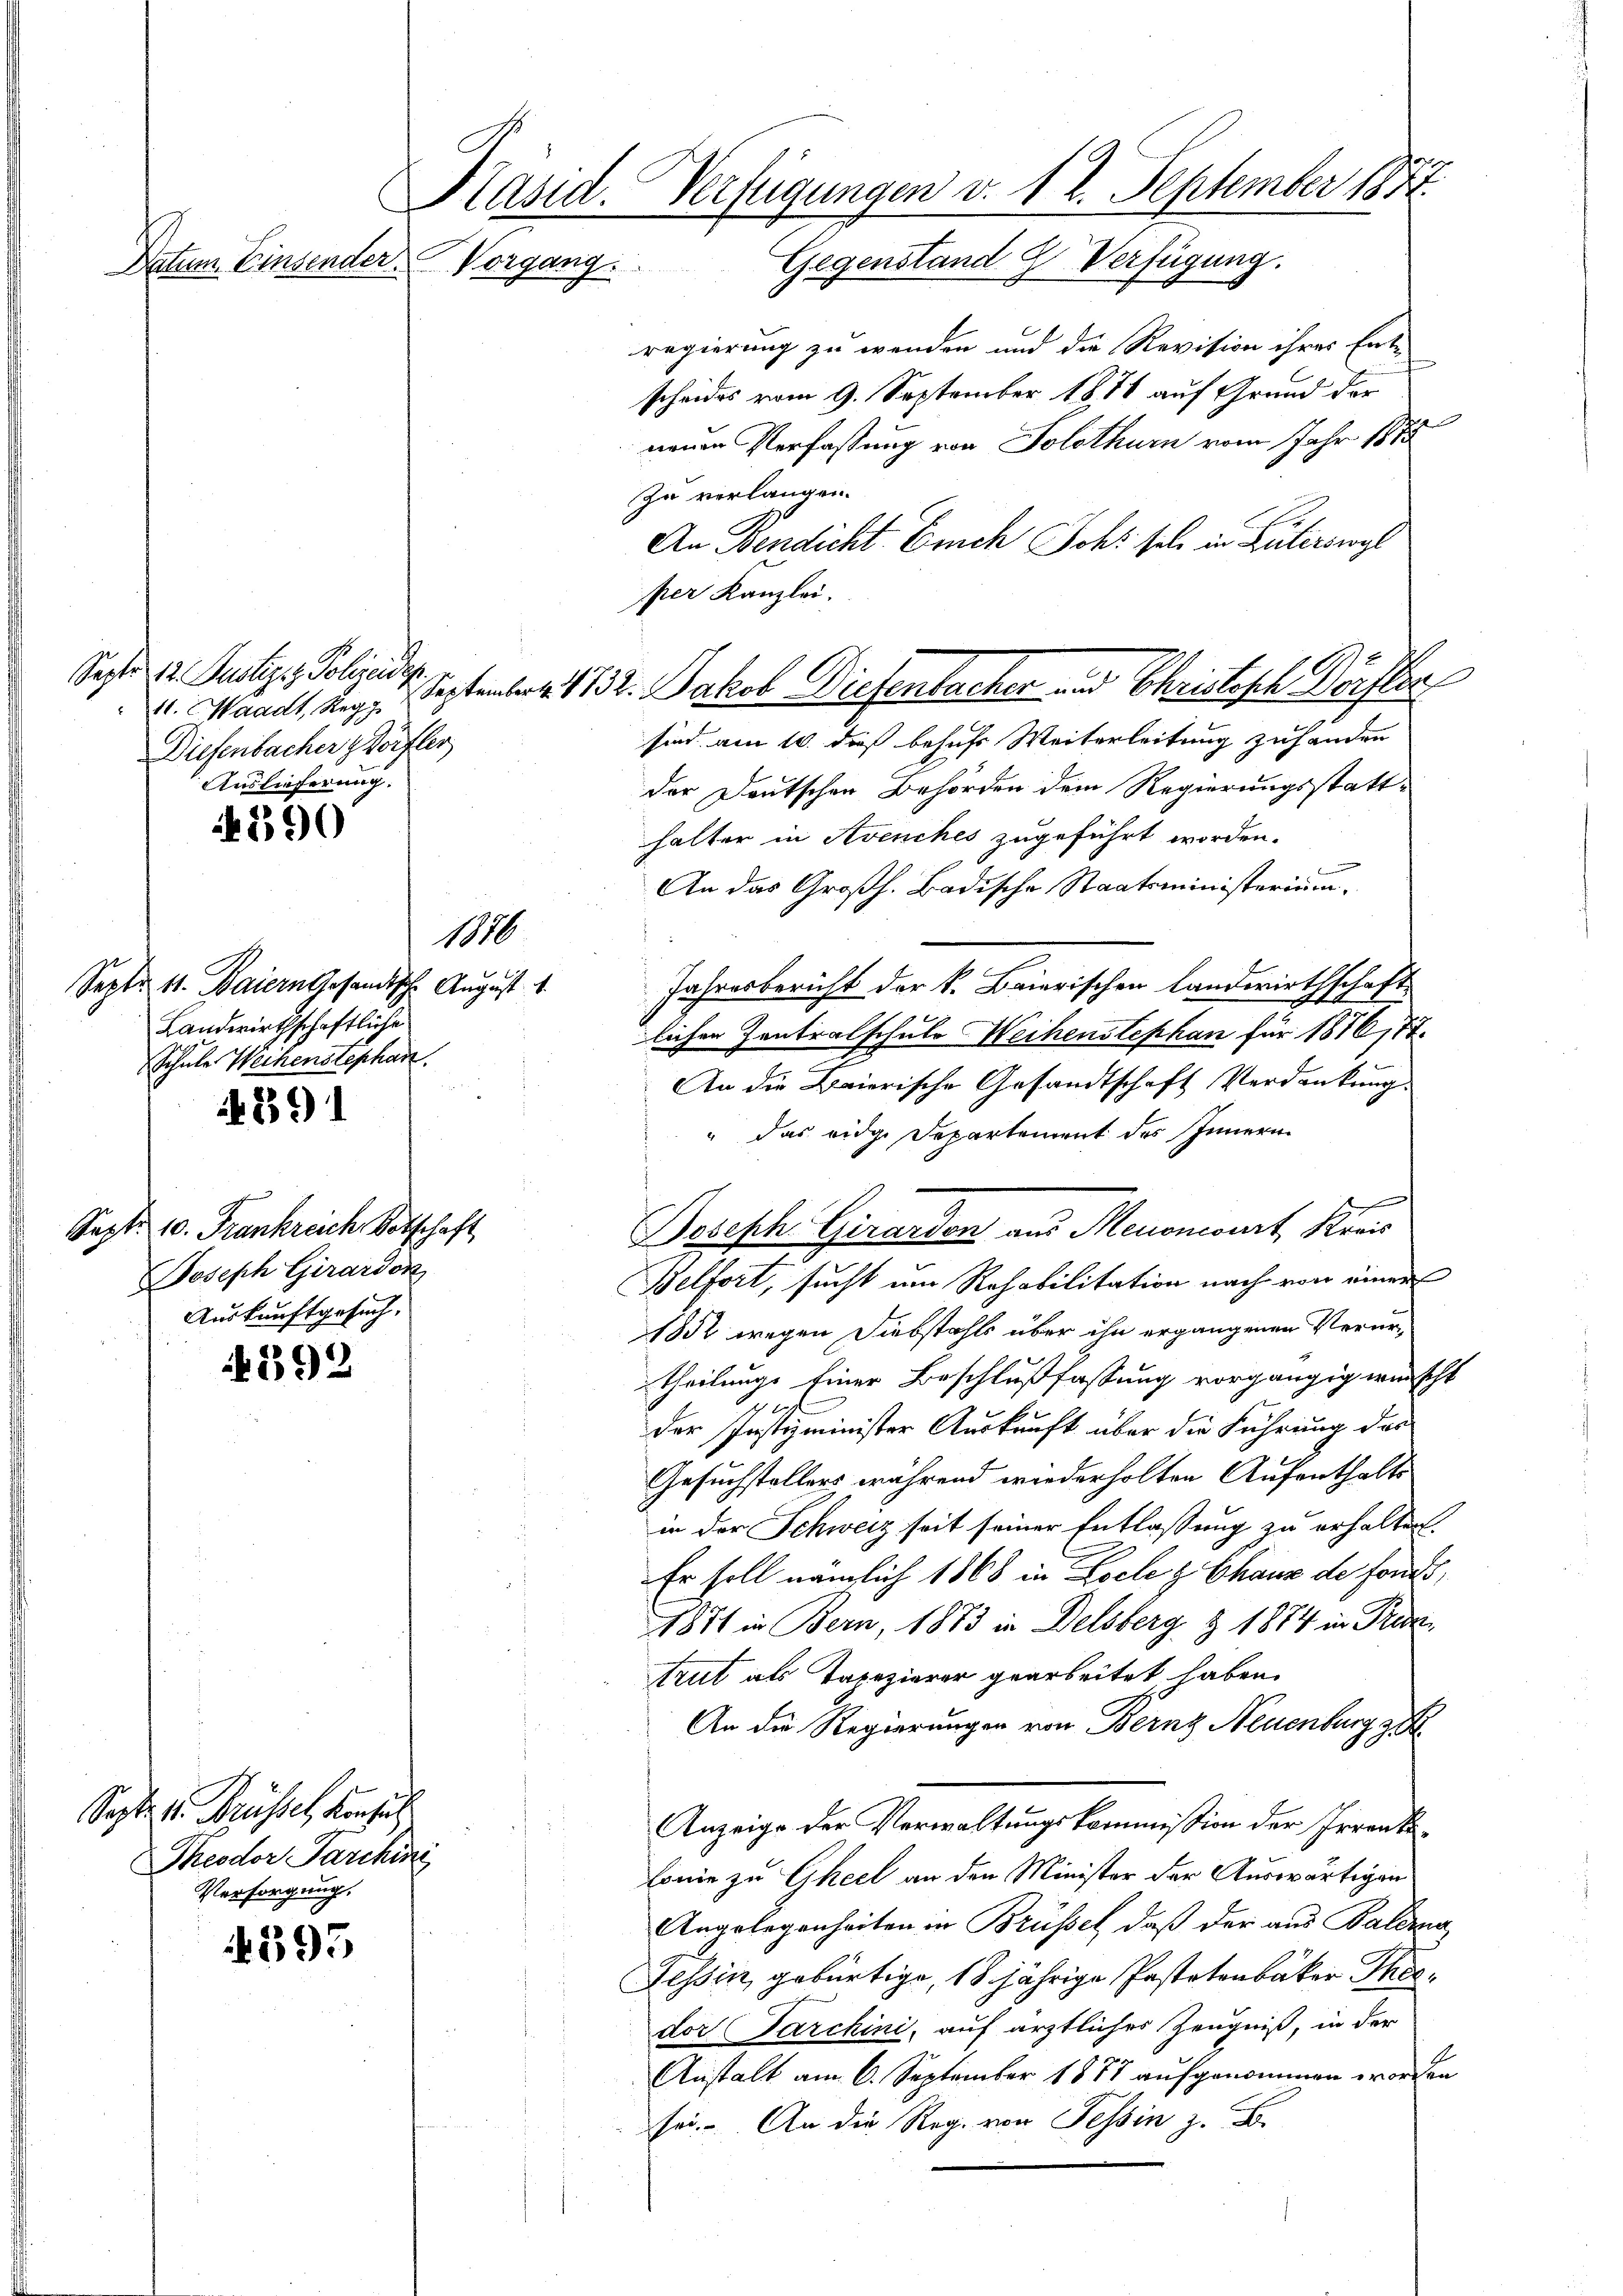
Käsid. Verfügungen v. 1. 2. September 1872
Gegenstand 2 Verfügung.
Datum Einsender Vorgang.

Sept. 12. Justiz & Polizeidep
Diefenbacher Hörfler
Auslieferung.

390

1876

Sept. 11. Baiern Gesandische August 1.
Landwirthschaftliche
Schule Weihenstephan

4891

Sept. 10. Frankreich Vorschaft
Joseph Girardon
Auskunftgesuch,

392

Sept. 1. Brüssel konsul
Theodor Parchini
Versorgung.

595

regierung zu wenden und die Revision ihres Ent-
scheides vom 9. September 1816 auf Grund der
e
neuen Verfassung von Solothurn vom Jahr 1875
zu verlangen.
An Bendicht Euch Joh: sel in Güterswyl
sind am 10. dieß behufs Weiterleitung zu handen
der Deutschen Behörden dem Regierungsstatthalter in Avenches zugeführt worden.
An das Großh. Badische Staatsministerium,
Jahresbericht der k. Baierischen Landwirthschaft
lichen Zentralschule Weihenslephan für 1876/77.
An die Baierische Gesandtschaft Verdankung.
" das eidge Departement des Innern
s
Joseph Girardon aus Menoncourt, Kreis
Belfort, sucht um Rohabilitation nach von einer
1882 wegen Diebstahls über ihn ergangenen Verurtheilungs Einer Beschlußfassung vorgängig wünscht
der Justizminister Auskunft über die Führung des
Gesuchstellers während wiederholten Aufenthalts
in der Schweiz seit seiner Entlassung zu erhalten.
Er soll nämlich 1868 in Locles Chaux de fonds,
1871 in Bern, 1873 in Delsberg & 1874 in Prinz
Arut als Tapezierer gearbeitet, haben
An die Regierungen von Bernz Neuenburg zu
Anzeige der Verwaltungskommission der Irrenkolonie zu Gheel an den Minister der Auswärtigen
Angelegenheiten in Brüssel, daß der aus Baldra
Tessin, gebürtige, 18 jährige Pastetenbäker Thodor Parchini, auf ärztliches Zeugniß, in der
Anstalt am 6. September 1877 aufgenommen worden
sei. An die Reg. von Tessin z. B.

per Kanzlei.
4. Waadt, Aug. September 1832. Jakob Diesenbacher und Christisch Dörfler